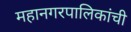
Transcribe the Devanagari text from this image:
महानगरपालिकांची